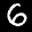
Label: 6